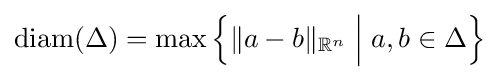
\operatorname {diam} (\Delta )=\operatorname {max} {\Bigl \{}\|a-b\|_{\mathbb {R} ^{n}}\;{\Big |}\;a,b\in \Delta {\Bigr \}}